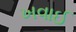
ખવાઈ